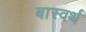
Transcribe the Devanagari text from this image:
बास्वर्थ